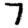
Digit: 7